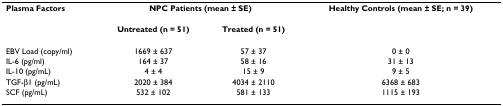
| Plasma Factors | <COLSPAN=2> NPC Patients (mean ± SE) | Healthy Controls (mean ± SE; n = 39) |
 |  | Untreated (n = 51) | Treated (n = 51) |  |
 | --- | --- | --- | --- |
 | EBV Load (copy/ml) | 1669 ± 637 | 57 ± 37 | 0 ± 0 |
 | IL-6 (pg/ml) | 164 ± 37 | 58 ± 16 | 31 ± 13 |
 | IL-10 (pg/mL) | 4 ± 4 | 15 ± 9 | 9 ± 5 |
 | TGF-β1 (pg/mL) | 2020 ± 384 | 4034 ± 2110 | 6368 ± 683 |
 | SCF (pg/mL) | 532 ± 102 | 581 ± 133 | 1115 ± 193 |